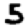
Digit: 5